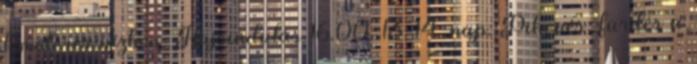
1-méteres vízben. Hajóindulás 16.00. 13-14. nap: Pihenés, fürdés a